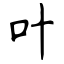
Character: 叶